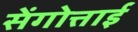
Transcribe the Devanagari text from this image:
सेंगोत्ताई